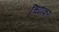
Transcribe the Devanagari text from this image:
चिढाकर